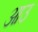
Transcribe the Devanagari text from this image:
आउ